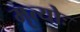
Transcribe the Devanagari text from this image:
मृत्योः